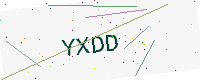
Text: YXDD